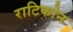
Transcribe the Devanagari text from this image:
राटिकोन